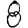
Digit: 8